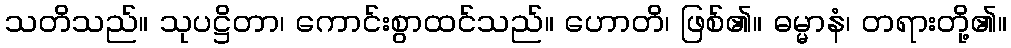
သတိသည်။ သုပဋ္ဌိတာ၊ ကောင်းစွာထင်သည်။ ဟောတိ၊ ဖြစ်၏။ ဓမ္မာနံ၊ တရားတို့၏။